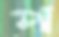
প